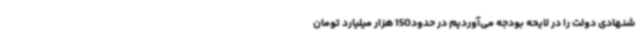
شنهادی دولت را در لایحه بودجه می‌آوردیم در حدود150 هزار میلیارد تومان